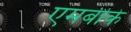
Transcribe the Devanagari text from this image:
एमबीके